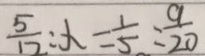
\frac { 5 } { 1 2 } : x = \frac { 1 } { 5 } : \frac { 9 } { 2 0 }